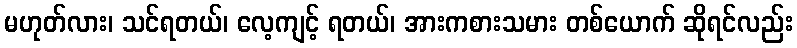
မဟုတ်လား၊ သင်ရတယ်၊ လေ့ကျင့် ရတယ်၊ အားကစားသမား တစ်ယောက် ဆိုရင်လည်း